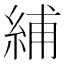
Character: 䋠